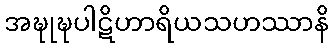
အဍ္ဎုဍ္ဎပါဋိဟာရိယသဟဿာနိ